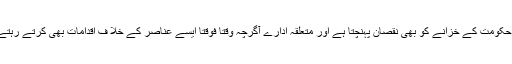
وہاں حکومت کے خزانے کو بھی نقصان پہنچتا ہے اور متعلقہ ادارے آگرچہ وقتاً فوقتاً ایسے عناصر کے خلا ف اقدامات بھی کرتے رہتے ہیں۔